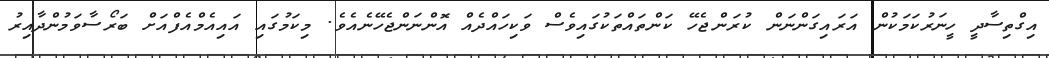
އިގްތިސާދީ ހީނަރުކަމަކުން އަރައިގަންނަން ކުރަންޖެހޭ ކަންތައްތަކުގައިވެސް ވަކިހައްދެއް އޮންނަންޖެހޭނެއެވެ. މިކަމުގައި އައިއެމްއެފްއަށް ބަރޯސާވަމުންދާއިރު